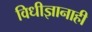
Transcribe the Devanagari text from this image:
विधीज्ञानाही